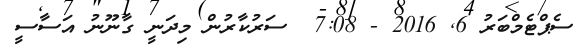
ސެޕްޓެމްބަރު 6